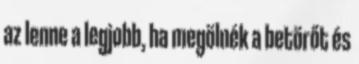
az lenne a legjobb, ha megölnék a betörőt és